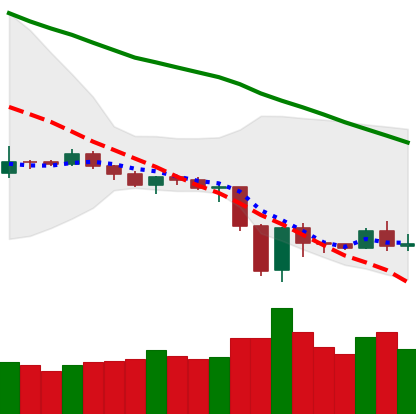
Ticker: ETH-USD
Chart end date: 2019-12-24
Forward return: 4.412%
Label: up_3_5